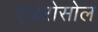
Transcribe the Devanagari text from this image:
एअरोसोल